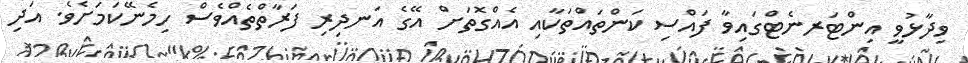
ވިދާޅުވީ އިންޓަރނެޓްގައިވާ ފައްސި ކަންތައްތަކާއި އެއްގޮތަށް އޭގެ އަނދިރި ފަރާތްތެއްވެސް ހިމެނޭކަމަށެވެ. އަދި